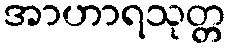
အာဟာရသုတ္တ